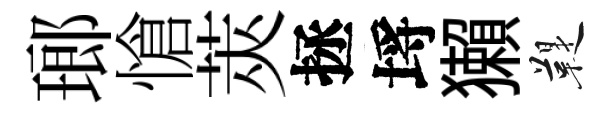
瑯愴莢拯埓獺鞮